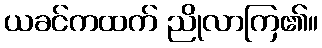
ယခင်ကထက် ညိုလာကြ၏။